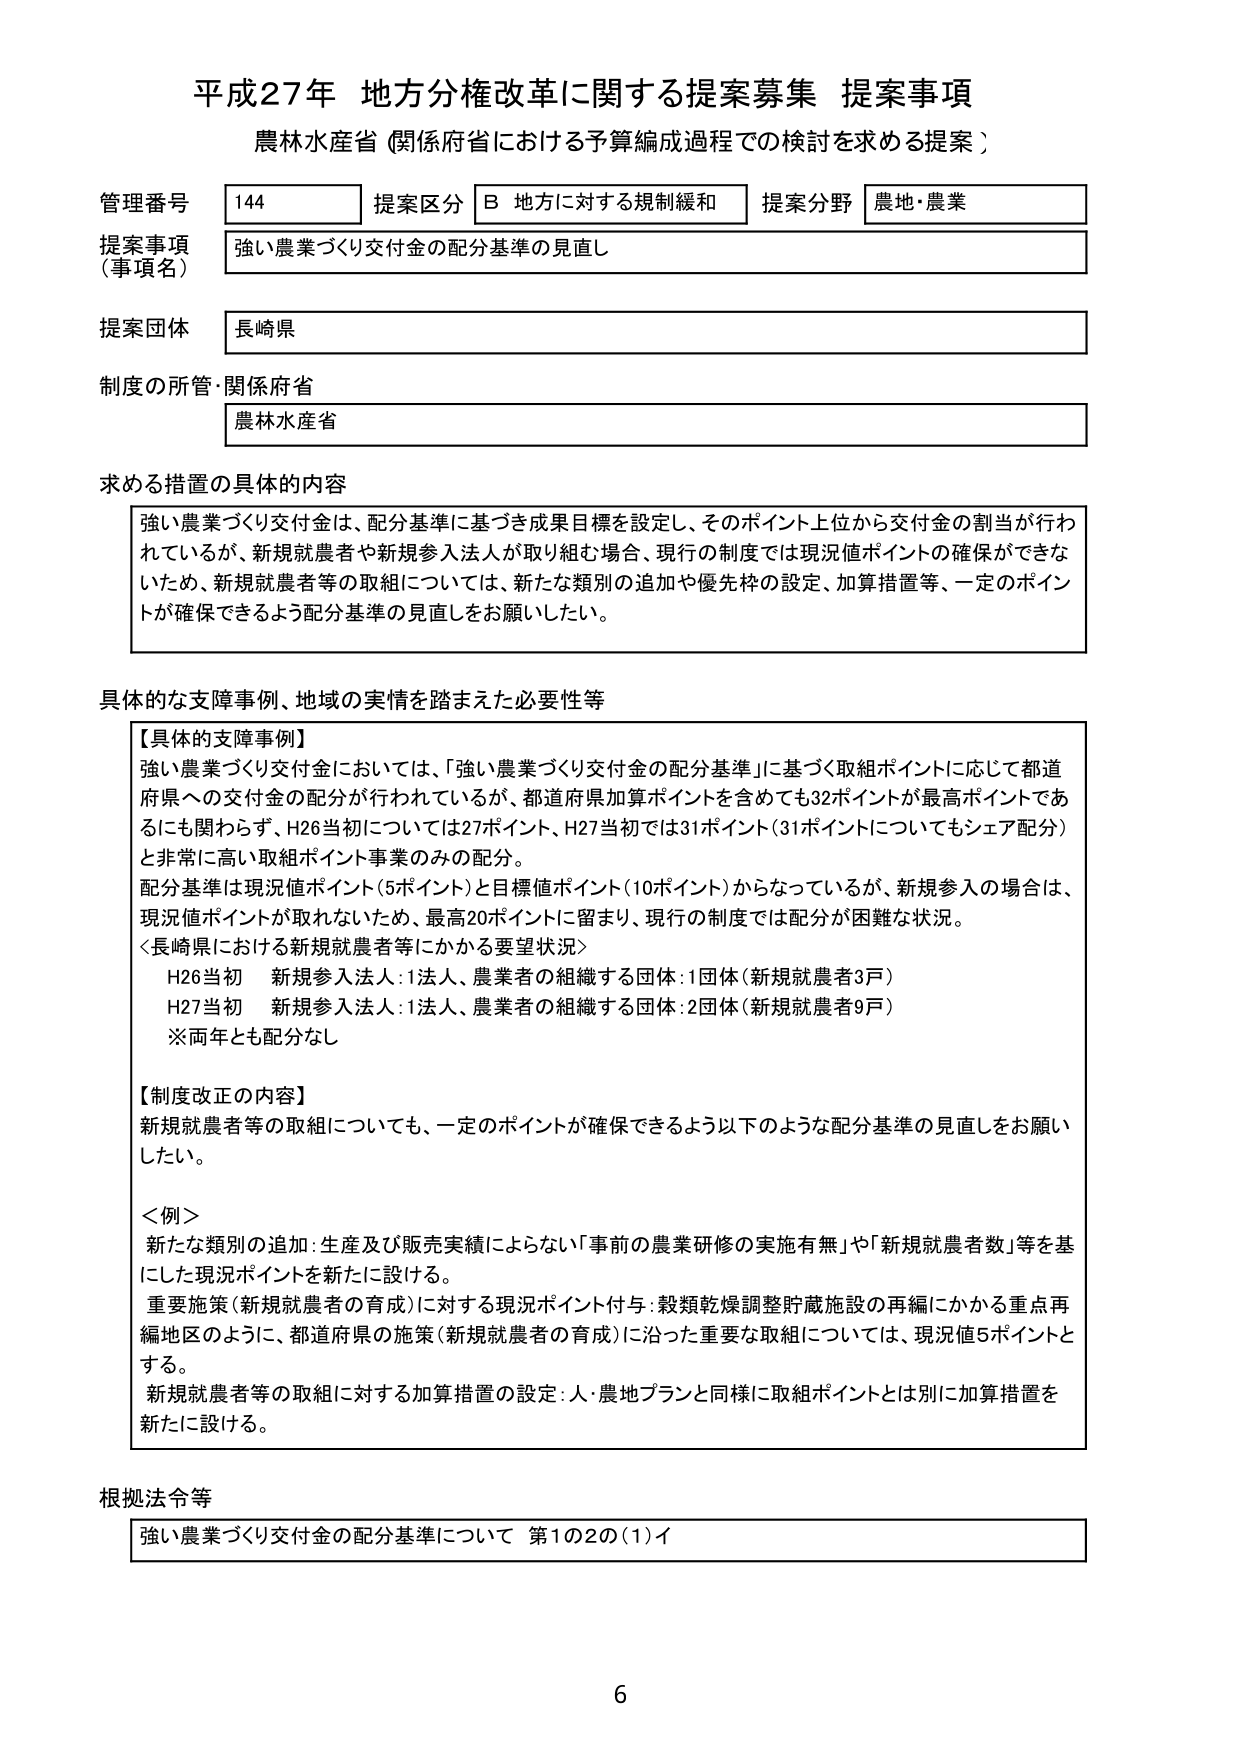
平成27年 地方分権改革に関する提案募集 提案事項
農林水産省（関係府省における予算編成過程での検討を求める提案）

管理番号 144
提案区分 B 地方に対する規制緩和
提案分野 農地・農業

提案事項（事項名） 強い農業づくり交付金の配分基準の見直し

提案団体 長崎県

制度の所管・関係府省 農林水産省

求める措置の具体的内容
強い農業づくり交付金は、配分基準に基づき成果目標を設定し、そのポイント上位から交付金の割当が行われているが、新規就農者や新規参入法人が取り組む場合、現行の制度では現況値ポイントの確保ができないため、新規就農者等の取組については、新たな類別の追加や優先枠の設定、加算措置等、一定のポイントが確保できるよう配分基準の見直しをお願いしたい。

具体的な支障事例、地域の実情を踏まえた必要性等
【具体的支障事例】
強い農業づくり交付金においては、「強い農業づくり交付金の配分基準」に基づく取組ポイントに応じて都道府県への交付金の配分が行われているが、都道府県加算ポイントを含めても32ポイントが最高ポイントであるにも関わらず、H26当初については27ポイント、H27当初では31ポイント（31ポイントについてもシェア配分）と非常に高い取組ポイント事業のみの配分。
配分基準は現況値ポイント（5ポイント）と目標値ポイント（10ポイント）からなっているが、新規参入の場合は、現況値ポイントが取れないため、最高20ポイントに留まり、現行の制度では配分が困難な状況。
＜長崎県における新規就農者等にかかる要望状況＞
H26当初 新規参入法人：1法人、農業者の組織する団体：1団体（新規就農者3戸）
H27当初 新規参入法人：1法人、農業者の組織する団体：2団体（新規就農者9戸）
※両年とも配分なし

【制度改正の内容】
新規就農者等の取組についても、一定のポイントが確保できるよう以下のような配分基準の見直しをお願いしたい。
＜例＞
新たな類別の追加：生産及び販売実績によらない「事前の農業研修の実施有無」や「新規就農者数」等を基にした現況ポイントを新たに設ける。
重要施策（新規就農者の育成）に対する現況ポイント付与：穀類乾燥調整貯蔵施設の再編にかかる重点再編地区のように、都道府県の施策（新規就農者の育成）に沿った重要な取組については、現況値5ポイントとする。
新規就農者等の取組に対する加算措置の設定：人・農地プランと同様に取組ポイントとは別に加算措置を新たに設ける。

根拠法令等
強い農業づくり交付金の配分基準について 第1の2の（1）イ

6